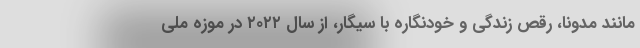
مانند مدونا، رقص زندگی و خودنگاره با سیگار، از سال ۲۰۲۲ در موزه ملی